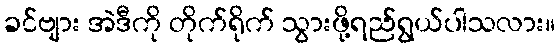
ခင်ဗျား အဲဒီကို တိုက်ရိုက် သွားဖို့ရည်ရွယ်ပါသလား။